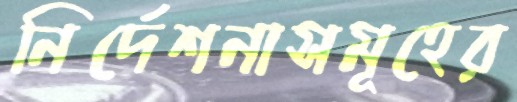
নির্দেশনাসমূহের